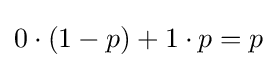
0\cdot (1-p)+1\cdot p=p